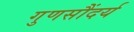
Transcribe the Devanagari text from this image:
गुणसौंदर्य